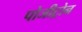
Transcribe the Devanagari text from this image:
पोजीट्रोन